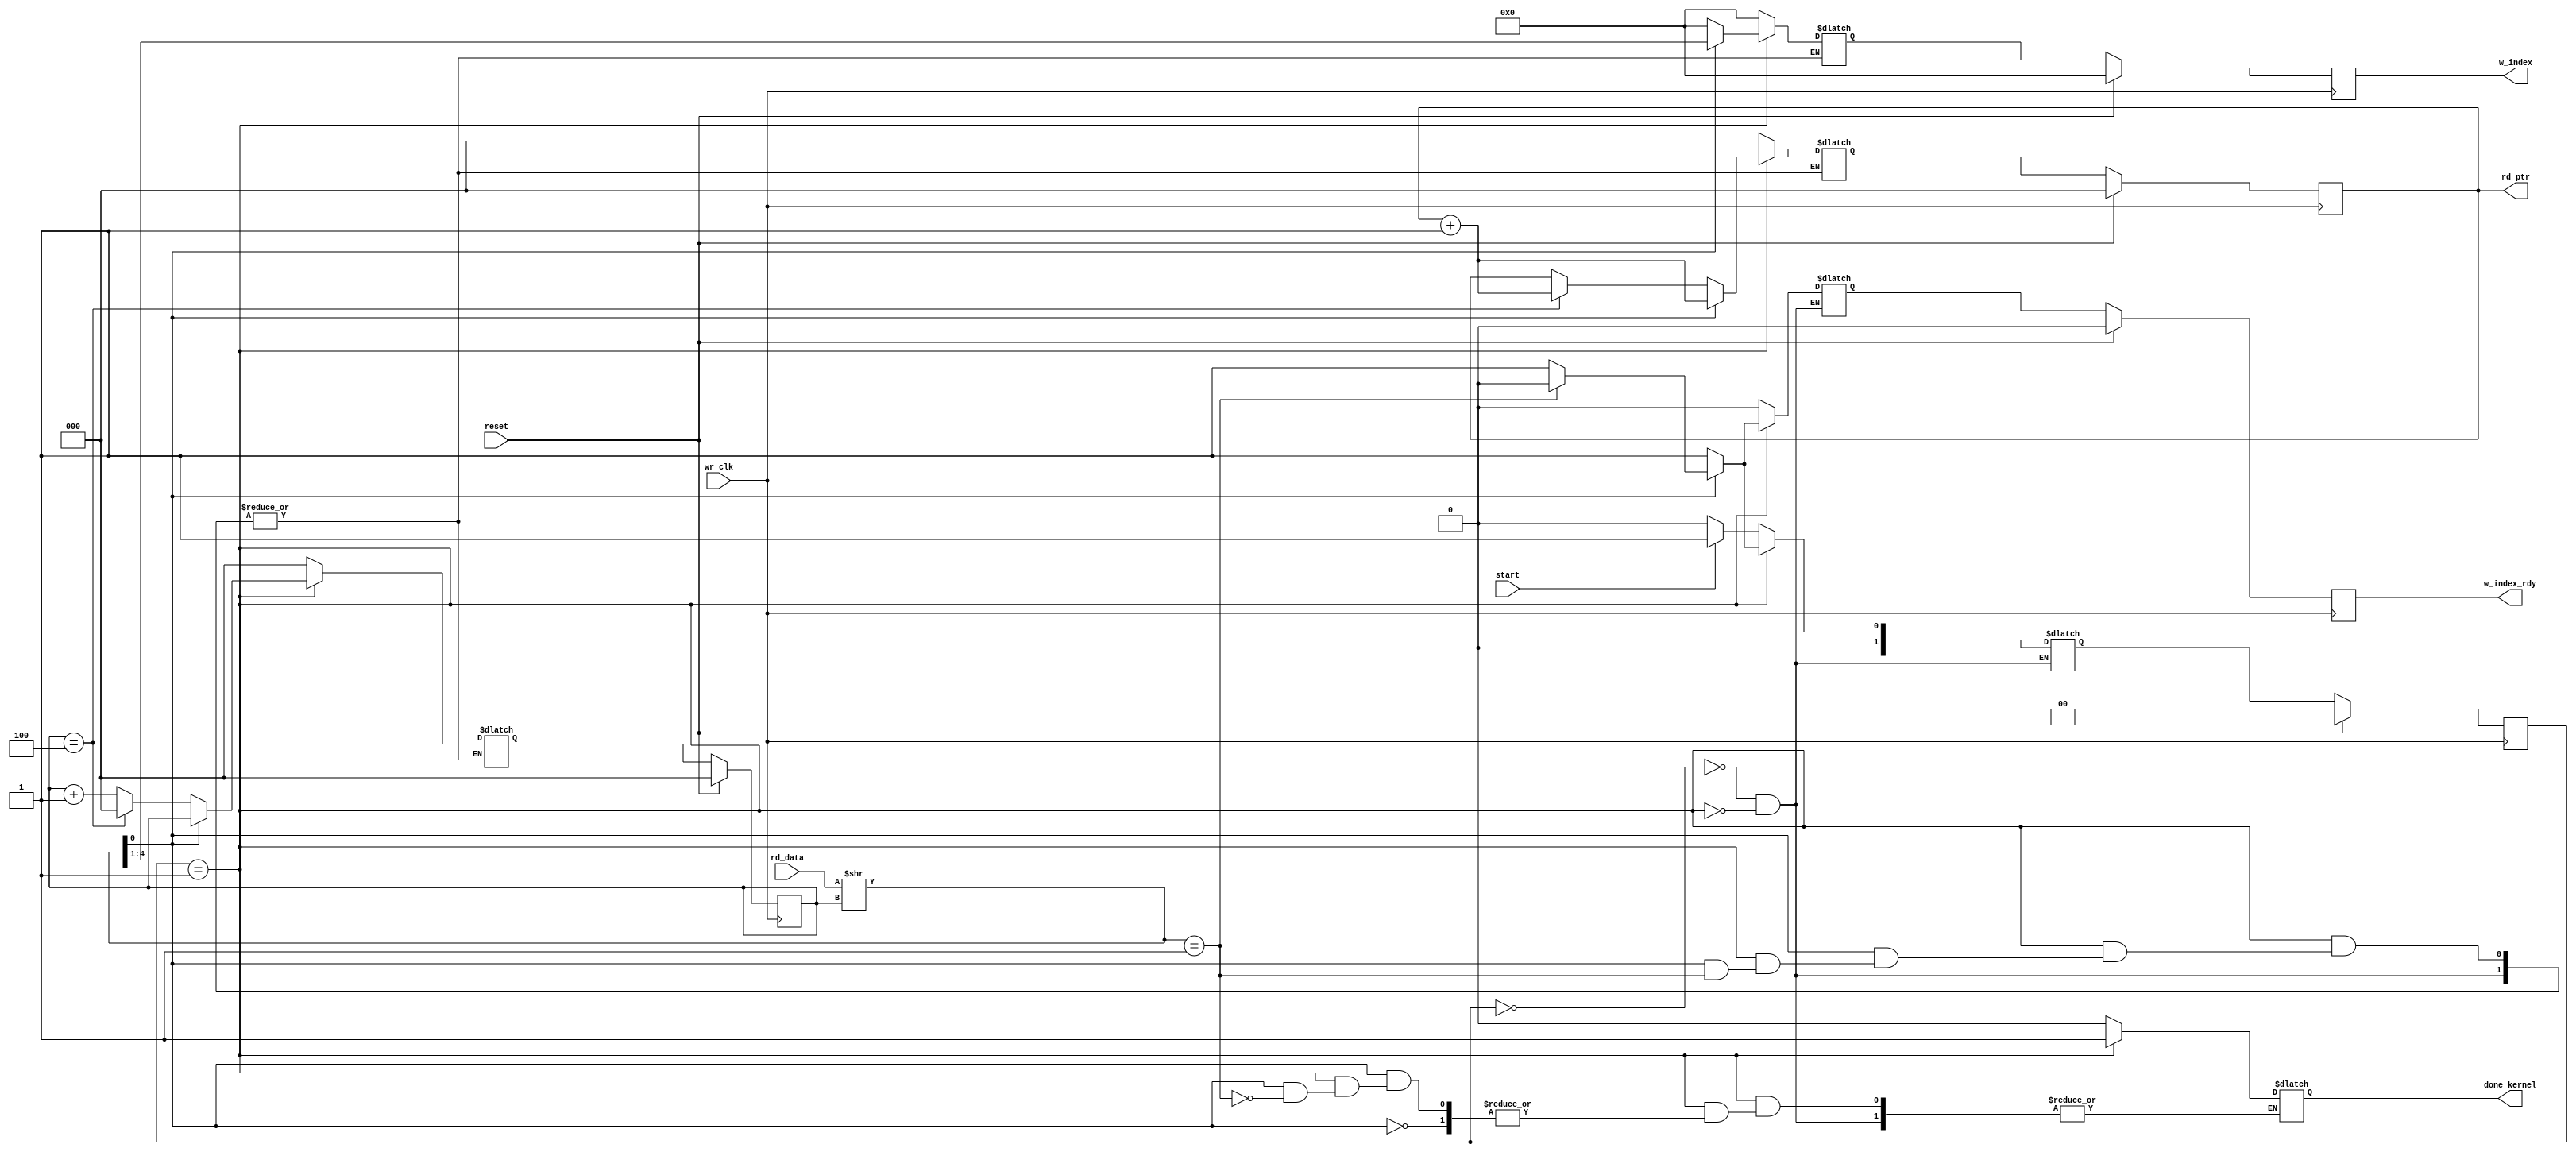

module huff_dec(wr_clk,reset,start,rd_data,rd_ptr,w_index,w_index_rdy,done_kernel);

parameter num_centroids  = 8;
parameter bw = 8;
parameter bw_i = 3;
parameter row = 8;
parameter psum_bw = 16;

parameter bw_h= 5;

input wr_clk;
input reset ;

input start;
//input [3:0] rd_addr;

input [2*bw_h-1:0] rd_data ;

output reg [2:0]  rd_ptr; //w_add

output reg [bw_h-2:0] w_index;
output reg w_index_rdy;
output reg done_kernel;

reg [2:0] next_rd_ptr; //w_add

reg  [bw_h-2:0] next_w_index;
reg next_w_index_rdy;

wire [bw_h-1:0] check_one ; 
assign check_one = {(bw_h-1){1'b0}} + 1;

reg[2:0] i_ptr;
reg[2:0] next_i_ptr;


reg [1:0] state,next_state;

wire [bw_h-1:0] data;
assign data = rd_data >> i_ptr;




always @ (*) begin
    case (state)
    0: begin
        done_kernel = 0; 
        next_i_ptr =0;
        next_w_index = 0; 
        next_w_index_rdy = 0;
        if (start) begin
            next_rd_ptr = 0;//rd_addr;
            next_state = 1;
        end
        else begin
            next_rd_ptr = 0;
            next_state = 0;
        end

    end
    1: begin 
        if (data[0] == 0) begin
            next_w_index = 0;
            next_w_index_rdy = 1; 
            if (i_ptr == (bw_h-1)) begin
                next_i_ptr = 0;
                next_rd_ptr = rd_ptr + 1;
            end
            else begin
                next_i_ptr = i_ptr+1;
                next_rd_ptr = rd_ptr;

            end
            next_state = 1;
        end
        else if (data[(bw_h-1):0] == check_one) begin
            done_kernel = 1;
            next_w_index_rdy = 0;
            next_state = 0;
        end
        else begin
            next_w_index = data[(bw_h-1):1]; 
            next_w_index_rdy = 1;
            next_rd_ptr = rd_ptr + 1;
            next_i_ptr = i_ptr;    
            next_state = 1;
        end
    end   
    endcase

end


always @ (posedge wr_clk) begin
    if (reset) begin
        rd_ptr <= 0;
        w_index <= 0;
        w_index_rdy <= 0;
        i_ptr <= 0;
        state <= 0;
    end
    else begin 
        rd_ptr <= next_rd_ptr;
        w_index <= next_w_index;
        w_index_rdy <= next_w_index_rdy;
        i_ptr <= next_i_ptr;
        state <= next_state; 

    end
end

endmodule